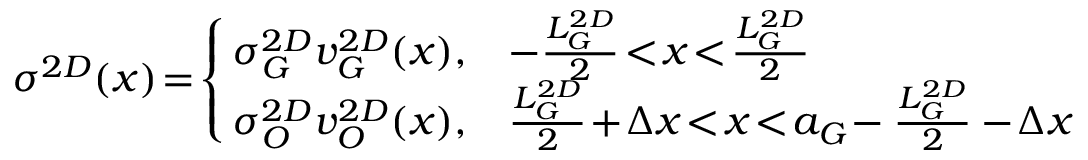
\sigma ^ { 2 D } ( x ) \! = \! \left\{ \! \! \begin{array} { l l } { \sigma _ { G } ^ { 2 D } v _ { G } ^ { 2 D } ( x ) , } & { - \frac { L _ { G } ^ { 2 D } } { 2 } \! < \! x \! < \! \frac { L _ { G } ^ { 2 D } } { 2 } } \\ { \sigma _ { O } ^ { 2 D } v _ { O } ^ { 2 D } ( x ) , } & { \frac { L _ { G } ^ { 2 D } } { 2 } \! + \! \Delta x \! < \! x \! < \! a _ { G } \! - \frac { L _ { G } ^ { 2 D } } { 2 } - \! \Delta x } \end{array} \right.